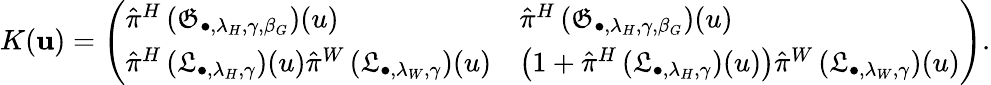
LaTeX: K(\mathbf{u})=\left(\begin{array}{ll}{\hat{\pi}^{H}\left(\mathfrak{G}_{\bullet,\lambda_{H},\gamma,\beta_{G}}\right)(u)}&{\hat{\pi}^{H}\left(\mathfrak{G}_{\bullet,\lambda_{H},\gamma,\beta_{G}}\right)(u)}\\ {\hat{\pi}^{H}\left(\mathfrak{L}_{\bullet,\lambda_{H},\gamma}\right)(u)\hat{\pi}^{W}\left(\mathfrak{L}_{\bullet,\lambda_{W},\gamma}\right)(u)}&{\left(1+\hat{\pi}^{H}\left(\mathfrak{L}_{\bullet,\lambda_{H},\gamma}\right)(u)\right)\hat{\pi}^{W}\left(\mathfrak{L}_{\bullet,\lambda_{W},\gamma}\right)(u)}\end{array}\right).